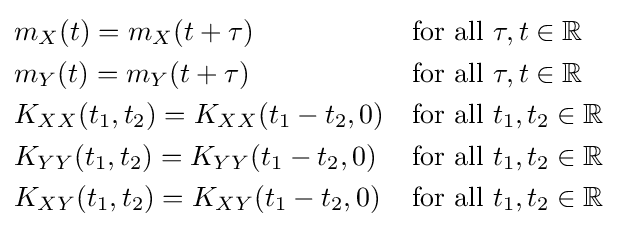
{\begin{aligned}&m_{X}(t)=m_{X}(t+\tau )&&{\text{for all }}\tau ,t\in \mathbb {R} \\&m_{Y}(t)=m_{Y}(t+\tau )&&{\text{for all }}\tau ,t\in \mathbb {R} \\&K_{XX}(t_{1},t_{2})=K_{XX}(t_{1}-t_{2},0)&&{\text{for all }}t_{1},t_{2}\in \mathbb {R} \\&K_{YY}(t_{1},t_{2})=K_{YY}(t_{1}-t_{2},0)&&{\text{for all }}t_{1},t_{2}\in \mathbb {R} \\&K_{XY}(t_{1},t_{2})=K_{XY}(t_{1}-t_{2},0)&&{\text{for all }}t_{1},t_{2}\in \mathbb {R} \end{aligned}}